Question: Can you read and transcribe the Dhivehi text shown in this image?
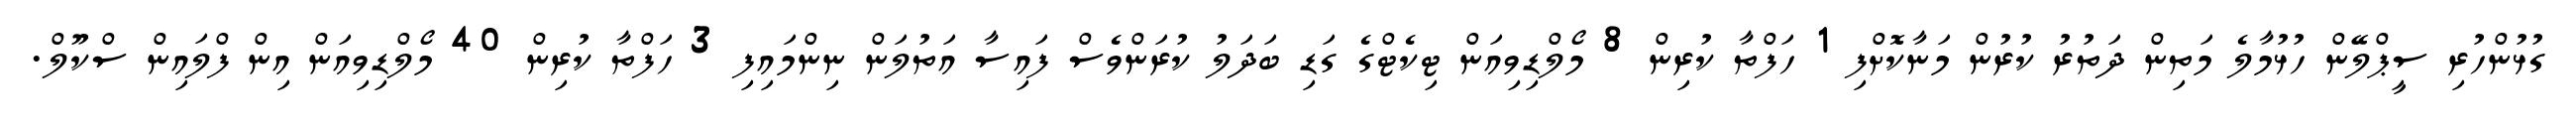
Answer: ގުޅުންހުރި ސީޕްލޭން ހުޅުމާލެ މަތިން ދަތުރު ކުރުން މަނާކޮށްފި 1 ހަފްތާ ކުރިން 8 މޯލްޑިވިއަން ޓިކެޓްގެ ގަޑި ބަދަލު ކުރަންވެސް ފައިސާ އަތުލަން ނިންމައިފި 3 ހަފްތާ ކުރިން 40 މޯލްޑިވިއަން އިން ފްލައިން ސްކޫލް.